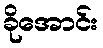
ခိုအောင်း